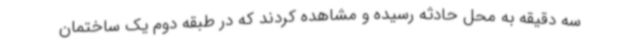
سه دقیقه به محل حادثه رسیده و مشاهده کردند که در طبقه دوم یک ساختمان